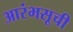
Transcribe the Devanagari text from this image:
आरंभसूची